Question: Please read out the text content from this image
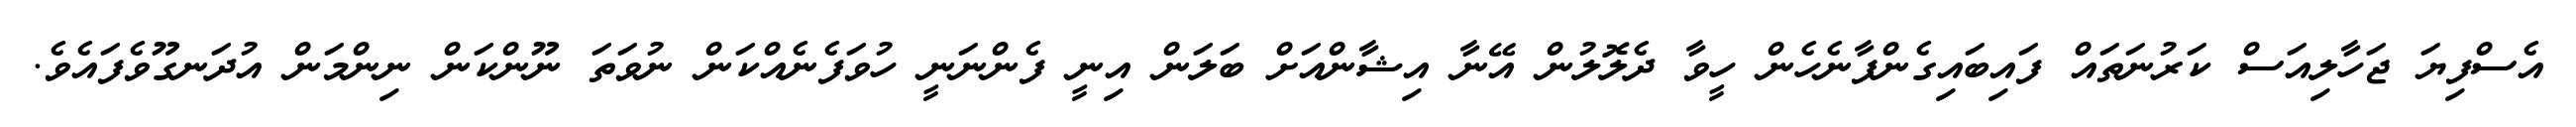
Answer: އެސްފިޔަ ޖަހާލިއަސް ކަރުނަތައް ފައިބައިގެންފާނެހެން ހީވާ ދެލޮލުން އޭނާ އިޝާންއަށް ބަލަން އިނީ ފެންނަނީ ހުވަފެނެއްކަން ނުވަތަ ނޫންކަން ނިންމަން އުދަނގޫވެފައެވެ.